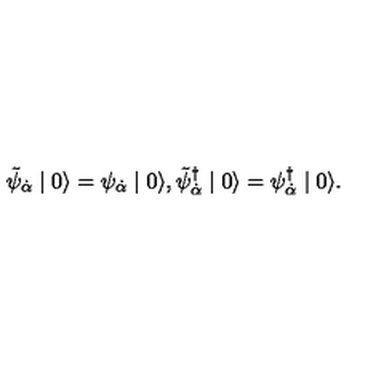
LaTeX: \tilde { \psi } _ { \dot { \alpha } } \mid 0 \rangle = \psi _ { \dot { \alpha } } \mid 0 \rangle , \tilde { \psi } _ { \dot { \alpha } } ^ { \dagger } \mid 0 \rangle = \psi _ { \dot { \alpha } } ^ { \dagger } \mid 0 \rangle .